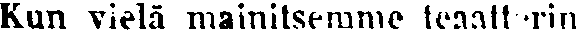
Kun vielä mainitsemme teaatterin